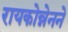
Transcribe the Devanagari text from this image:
रायकोन्नेनने